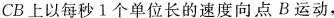
CB上以每秒1个单位长的速度向点B运动，